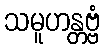
သမူဟန္တဗ္ဗံ